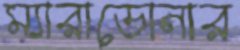
ম্যারাডোনার